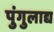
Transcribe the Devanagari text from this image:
पुंगुलाद्य